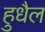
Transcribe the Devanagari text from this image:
हुधैल